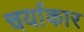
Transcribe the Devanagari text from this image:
चर्याकार